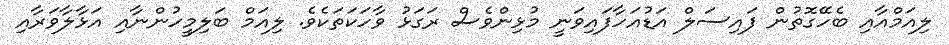
ލިއަމްއާއި ބެހޭގޮތުން ފައިސަލް އަޑުއަހާފައިވަނީ މުޅިންވެސް ރަގަޅު ވާހަކަތަކެވެ. ލިއަމް ބަލިމީހުންނާއި އަޅާލާވަރާއި